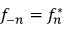
f _ { - n } = f _ { n } ^ { \ast }